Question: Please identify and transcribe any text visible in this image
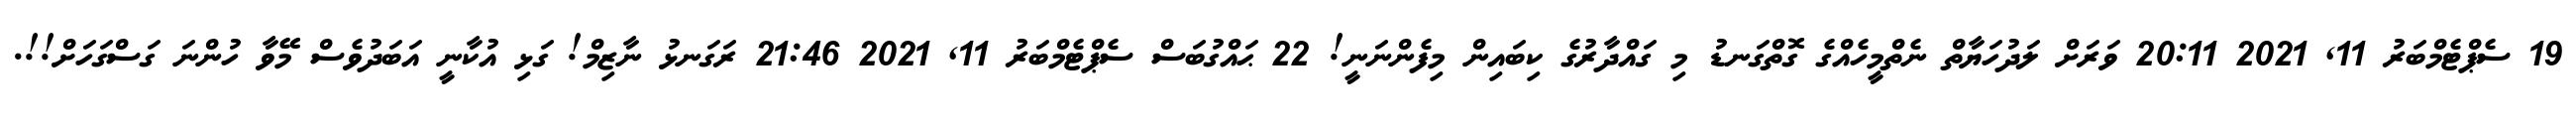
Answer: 19 ސެޕްޓެމްބަރު 11, 2021 20:11 ވަރަށް ލަދުހަޔާތް ނެތްމީހެއްގެ ގޮތްގަނޑު މި ގައްދާރުގެ ކިބައިން މިފެންނަނީ! 22 ޙައްގުބަސް ސެޕްޓެމްބަރު 11, 2021 21:46 ރަގަނޅު ނާޒިމް! ގަޅި އުކާނީ އަބަދުވެސް މޭވާ ހުންނަ ގަސްގަހަށް!!.